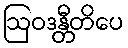
ဩဝဒန္တီတိပေ